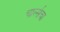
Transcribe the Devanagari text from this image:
चार्ल्सचा